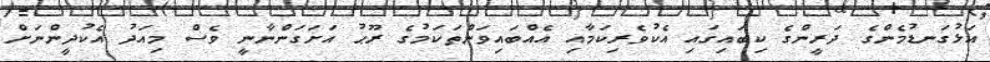
އަޅުގަނޑުމެންގެ ދަރީންގެ ކިބައިގައި އެކުވެރިކަމާއި އެއްބައިވަންތަކަމުގެ ރޫޙު އަށަގަންނާނީ ވެސް މިއަދު އެކުދީންނަށް